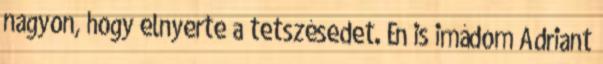
nagyon, hogy elnyerte a tetszésedet. Én is imádom Adriant